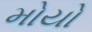
મોયો